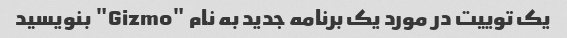
یک توییت در مورد یک برنامه جدید به نام "Gizmo" بنویسید